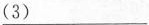
\underline{（3）}___